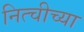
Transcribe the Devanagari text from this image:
नित्चीच्या